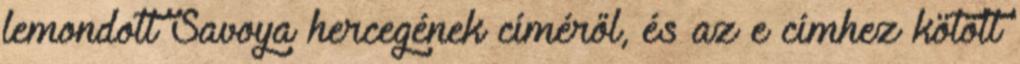
lemondott Savoya hercegének címéről, és az e címhez kötött